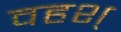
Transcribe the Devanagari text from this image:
वहश्